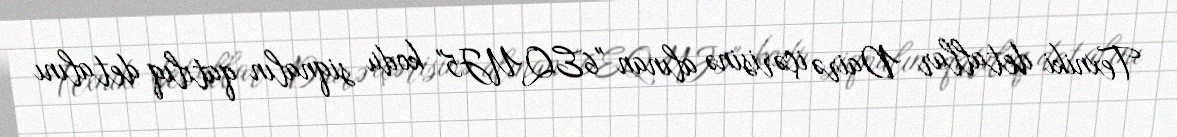
Texniki detallar Dairə içərisinə alınan "6EQUJ5" kodu siqnalın qatılıq detalını